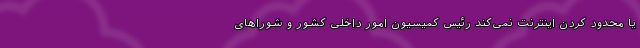
یا محدود کردن اینترنت نمی‌کند رئیس کمیسیون امور داخلی کشور و شوراهای